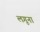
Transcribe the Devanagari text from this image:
लगूना